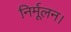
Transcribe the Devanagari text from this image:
निर्मूलन।